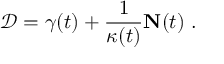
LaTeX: { \mathcal { D } } = \gamma ( t ) + { \frac { 1 } { \kappa ( t ) } } { \mathbf { N } } ( t ) \ .